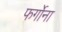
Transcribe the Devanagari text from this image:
फर्गोना